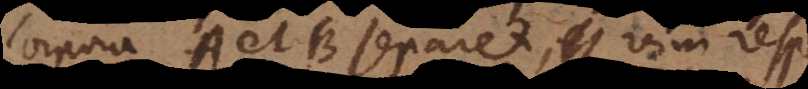
corpora A et B separet, vim resp